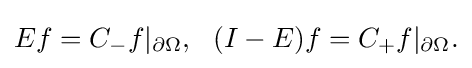
\displaystyle {Ef=C_{-}f|_{\partial \Omega },\,\,\,\,(I-E)f=C_{+}f|_{\partial \Omega }.}